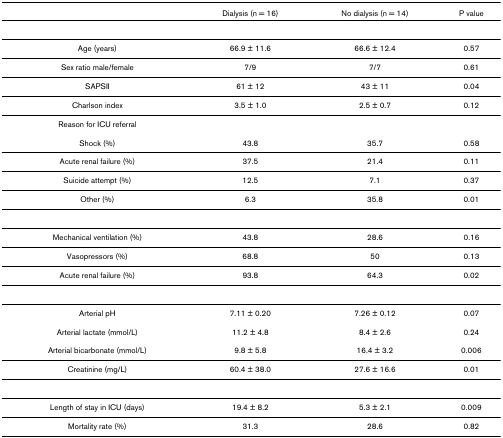
|  | Dialysis (n = 16) | No dialysis (n = 14) | P value |
 | --- | --- | --- | --- |
 | Age (years) | 66.9 ± 11.6 | 66.6 ± 12.4 | 0.57 |
 | Sex ratio male/female | 7/9 | 7/7 | 0.61 |
 | SAPSII | 61 ± 12 | 43 ± 11 | 0.04 |
 | Charlson index | 3.5 ± 1.0 | 2.5 ± 0.7 | 0.12 |
 | Reason for ICU referral |  |  |  |
 | Shock (%) | 43.8 | 35.7 | 0.58 |
 | Acute renal failure (%) | 37.5 | 21.4 | 0.11 |
 | Suicide attempt (%) | 12.5 | 7.1 | 0.37 |
 | Other (%) | 6.3 | 35.8 | 0.01 |
 | Mechanical ventilation (%) | 43.8 | 28.6 | 0.16 |
 | Vasopressors (%) | 68.8 | 50 | 0.13 |
 | Acute renal failure (%) | 93.8 | 64.3 | 0.02 |
 | Arterial pH | 7.11 ± 0.20 | 7.26 ± 0.12 | 0.07 |
 | Arterial lactate (mmol/L) | 11.2 ± 4.8 | 8.4 ± 2.6 | 0.24 |
 | Arterial bicarbonate (mmol/L) | 9.8 ± 5.8 | 16.4 ± 3.2 | 0.006 |
 | Creatinine (mg/L) | 60.4 ± 38.0 | 27.6 ± 16.6 | 0.01 |
 | Length of stay in ICU (days) | 19.4 ± 8.2 | 5.3 ± 2.1 | 0.009 |
 | Mortality rate (%) | 31.3 | 28.6 | 0.82 |